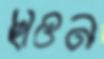
ছাওন